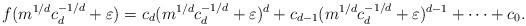
LaTeX: \begin{align*} f(m^{1/d} c_d^{-1/d} + \varepsilon) = c_d(m^{1/d} c_d^{-1/d} + \varepsilon)^d + c_{d-1}(m^{1/d} c_d^{-1/d} + \varepsilon)^{d-1} + \dots + c_0. \end{align*}